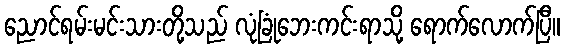
ညောင်ရမ်းမင်းသားတို့သည် လုံခြုံဘေးကင်းရာသို့ ရောက်လောက်ပြီ။